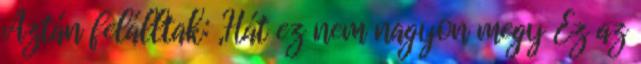
Aztán felálltak: „Hát ez nem nagyon megy Ez az